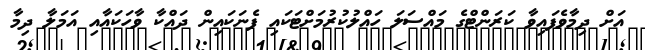
އަށް ދިމާވެފައިވާ ކަރަންޓްގެ މައްސަލަ ހައްލުކުރުމަށްޓަކައި ފެނަކައިން ދައްކާ ވާހަކައާއި އަމަލާ ދިމާ